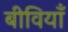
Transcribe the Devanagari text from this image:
बीवियाँ